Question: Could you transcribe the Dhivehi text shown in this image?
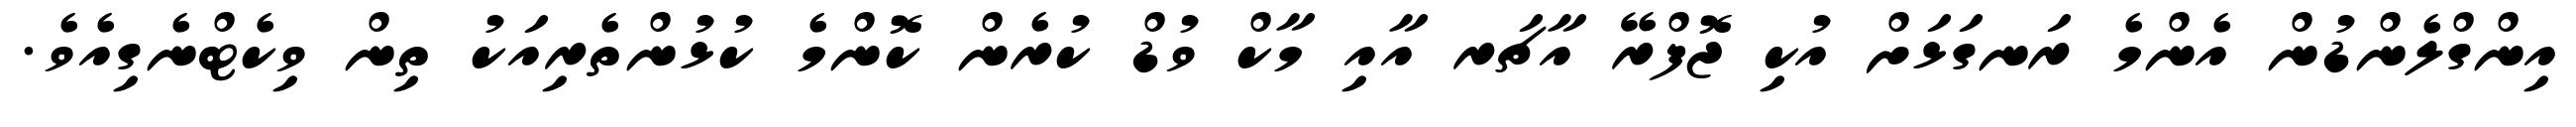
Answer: އިންގްލެންޑުން އެންމެ ރަނގަޅަށް އުކި ޖޮފްރޭ އާޗަރ އާއި މާކް ވުޑް ކުރެން ކޮންމެ ކުޅުންތެރިއަކު ތިން ވިކެޓްނެގިއެވެ.